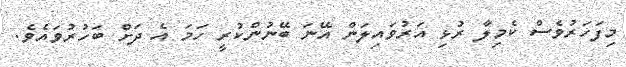
މިފަހަރުވެސް ކެމިލާ ރުޅި އަރުވައިލަން އޭނަ ބޭނުންކުރީ ހަމަ އެ ދަށް ބަހުރުވައެވެ.